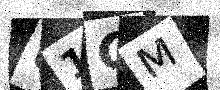
Text: U1GM